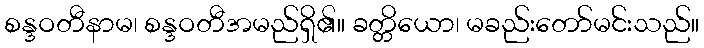
စန္ဒဝတီနာမ၊ စန္ဒဝတီအမည်ရှိ၏။ ခတ္တိယော၊ မခည်းတော်မင်းသည်။